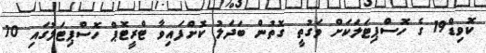
ކޮވިޑް19 ގެ ހޮސްޕިޓަލަކަށް ވަގުތީ ގޮތުން ބަދަލު ކޮށްފައިވާ ޓްރީޓޮޕް ހޮސްޕިޓަލުގައި 10